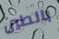
بالطين